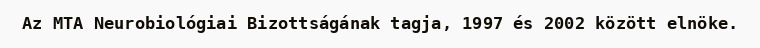
Az MTA Neurobiológiai Bizottságának tagja, 1997 és 2002 között elnöke.